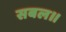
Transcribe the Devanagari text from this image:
सबल॥